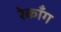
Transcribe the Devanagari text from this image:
रेकाँग